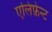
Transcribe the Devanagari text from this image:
एलिफ़ेन्ट